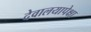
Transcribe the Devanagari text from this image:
देवालयापेक्षा